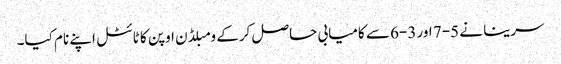
سرینا نے 5-7 اور 3-6 سے کامیابی حاصل کرکے ومبلڈن اوپن کا ٹائٹل اپنے نام کیا۔